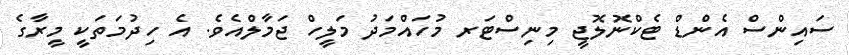
ސައިންސް އެންޑް ޓެކްނޮލޮޖީ މިނިސްޓަރ މުހައްމަދު މަލީހް ޖަމާލްއެވެ. އެ ހިދުމަތަކީ މީރާގެ